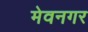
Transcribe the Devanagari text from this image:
मेवनगर